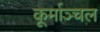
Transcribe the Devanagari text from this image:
कूर्माञ्चल